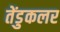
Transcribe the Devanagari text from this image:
तेंडुकलर